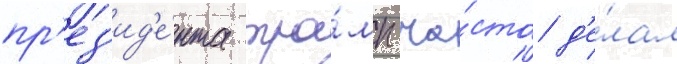
пр'ез'ид'е́нта тра́мп ча́сто д'е́лал